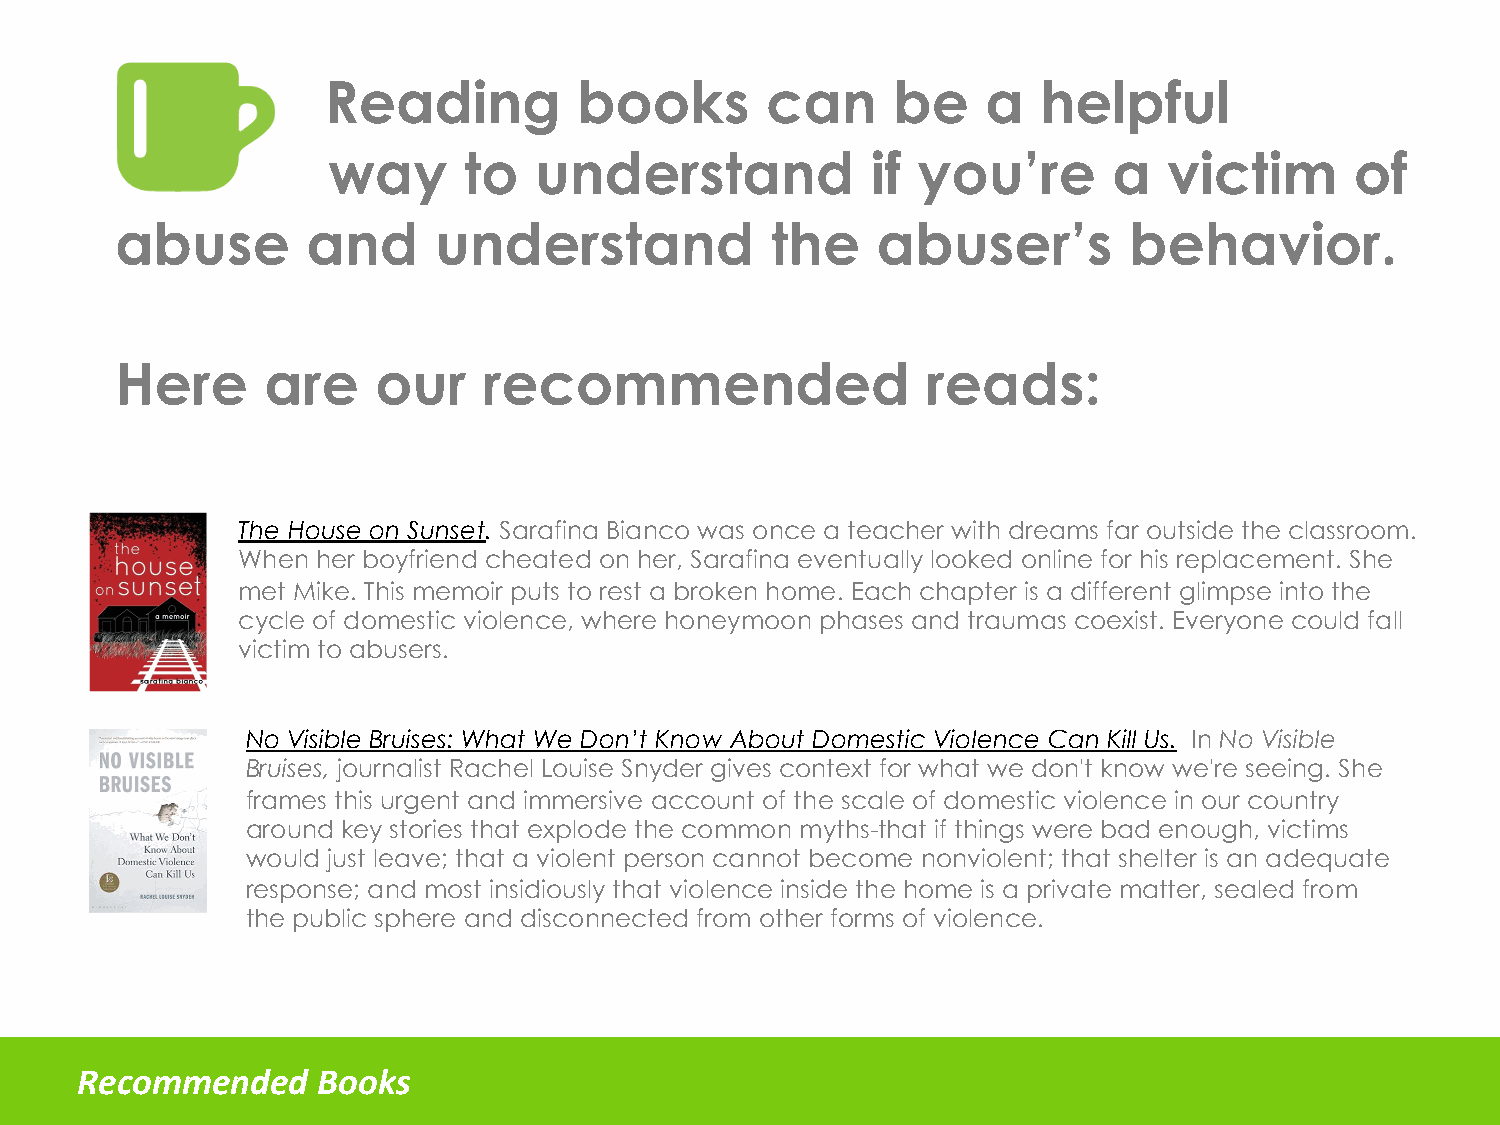
Reading         books        can     be    a   helpful
 way      to  understand             if you’re       a  victim       of
 abuse       and      understand            the    abuser’s         behavior.
 Here     are     our    recommended                  reads:
 The House on Sunset. Sarafina Bianco was once a teacher with dreams far outside the classroom.
 When her boyfriend cheated on her, Sarafina eventually looked online for his replacement. She
 met Mike. This memoir puts to rest a broken home. Each chapter is a different glimpse into the
 cycle of domestic violence, where honeymoon phases and traumas coexist. Everyone could fall
 victim to abusers.
 No Visible Bruises: What We Don’t Know About Domestic Violence Can Kill Us. In No Visible
 Bruises, journalist Rachel Louise Snyder gives context for what we don't know we're seeing. She
 frames this urgent and immersive account of the scale of domestic violence in our country
 around key stories that explode the common myths-that if things were bad enough, victims
 would just leave; that a violent person cannot become nonviolent; that shelter is an adequate
 response; and most insidiously that violence inside the home is a private matter, sealed from
 the public sphere and disconnected from other forms of violence.
 Recommended     Books